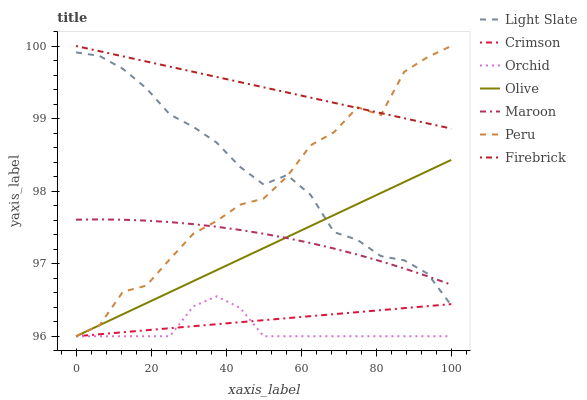
| xaxis_label | Light Slate | Crimson | Orchid | Olive | Maroon | Peru | Firebrick |
 | --- | --- | --- | --- | --- | --- | --- | --- |
 | 0 | 99.9 | 96 | 96 | 96 | 97.6 | 96 | 100 |
 | 6.25 | 99.9 | 96 | 96 | 96.2 | 97.6 | 96.1 | 99.9 |
 | 12.5 | 99.7 | 96.1 | 96 | 96.3 | 97.6 | 96.6 | 99.9 |
 | 18.8 | 99.4 | 96.1 | 96 | 96.5 | 97.6 | 96.7 | 99.8 |
 | 25 | 99.1 | 96.1 | 96 | 96.6 | 97.6 | 97.1 | 99.7 |
 | 31.2 | 98.9 | 96.1 | 96.4 | 96.8 | 97.5 | 97.4 | 99.6 |
 | 37.5 | 98.7 | 96.2 | 96.6 | 96.9 | 97.5 | 97.6 | 99.6 |
 | 43.8 | 98.3 | 96.2 | 96.4 | 97.1 | 97.5 | 97.8 | 99.5 |
 | 50 | 98.1 | 96.2 | 96 | 97.2 | 97.4 | 97.9 | 99.4 |
 | 56.2 | 98.2 | 96.2 | 96 | 97.4 | 97.4 | 98.2 | 99.4 |
 | 62.5 | 97.9 | 96.3 | 96 | 97.5 | 97.3 | 98.6 | 99.3 |
 | 68.8 | 97.4 | 96.3 | 96 | 97.7 | 97.2 | 98.8 | 99.2 |
 | 75 | 97.3 | 96.3 | 96 | 97.8 | 97.1 | 99.2 | 99.1 |
 | 81.2 | 97.1 | 96.4 | 96 | 98 | 97 | 99 | 99.1 |
 | 87.5 | 97 | 96.4 | 96 | 98.1 | 96.9 | 99.6 | 99 |
 | 93.8 | 96.9 | 96.4 | 96 | 98.3 | 96.8 | 99.8 | 98.9 |
 | 100 | 96.4 | 96.4 | 96 | 98.4 | 96.7 | 100 | 98.9 |